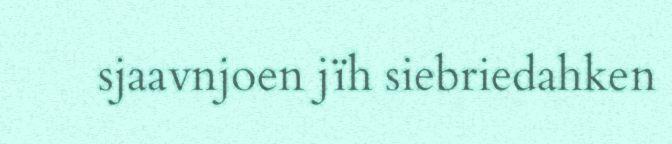
sjaavnjoen jïh siebriedahken